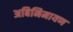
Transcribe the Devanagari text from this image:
अबिनिमायण